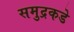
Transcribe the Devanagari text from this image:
समुद्रकडे